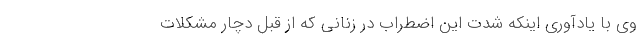
وی با یادآوری اینکه شدت این اضطراب در زنانی که از قبل دچار مشکلات